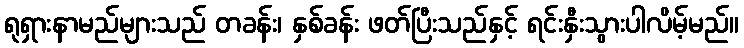
ရုရှားနာမည်များသည် တခန်း၊ နှစ်ခန်း ဖတ်ပြီးသည်နှင့် ရင်းနှီးသွားပါလိမ့်မည်။